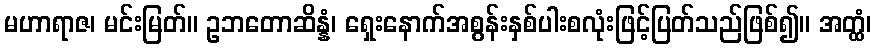
မဟာရာဇ၊ မင်းမြတ်။ ဥဘတောဆိန္နံ၊ ရှေးနောက်အစွန်းနှစ်ပါးစလုံးဖြင့်ပြတ်သည်ဖြစ်၍။ အတ္ထံ၊